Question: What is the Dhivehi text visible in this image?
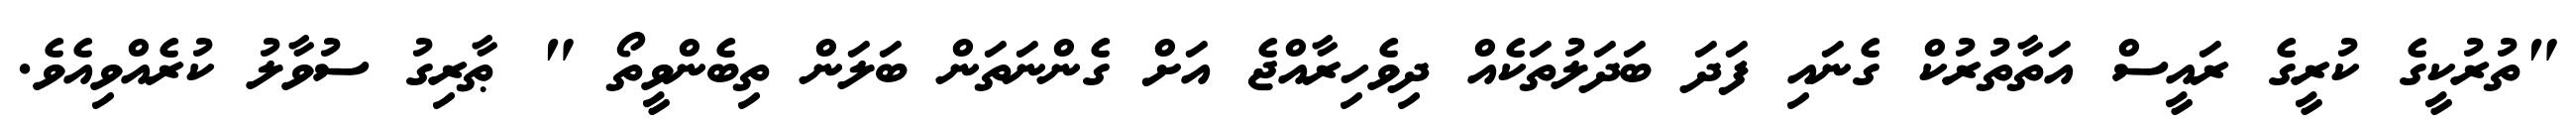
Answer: "ތުރުކީގެ ކުރީގެ ރައީސް އަތާތުރުކް ގެނައި ފަދަ ބަދަލުތަކެއް ދިވެހިރާއްޖެ އަށް ގެންނަތަން ބަލަން ތިބެންވީތޯ " ޠާރިގު ސުވާލު ކުރެއްވިއެވެ.